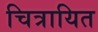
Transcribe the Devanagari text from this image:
चित्रायित